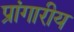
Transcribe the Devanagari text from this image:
प्रांगारीय